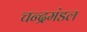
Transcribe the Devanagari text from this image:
चन्द्रमंडल